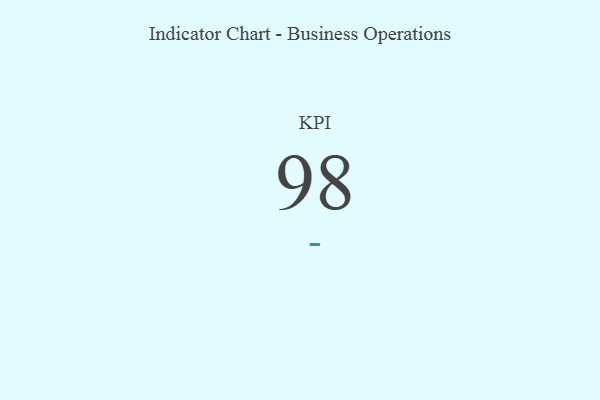
{"axis": {"x": "KPI", "y": "Value"}, "legend": [""], "data": [{"x": "KPI", "y": 98, "type": ""}]}